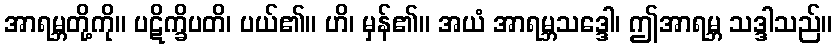
အာရမ္ဘတို့ကို။ ပဋိက္ခိပတိ၊ ပယ်၏။ ဟိ၊ မှန်၏။ အယံ အာရမ္ဘသဒ္ဒေါ၊ ဤအာရမ္ဘ သဒ္ဒါသည်။